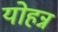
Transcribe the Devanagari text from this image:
योहन्न